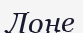
Лоне